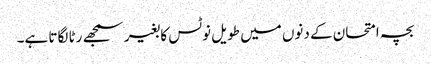
بچہ امتحان کے دنوں میں طویل نوٹس کا بغیر سمجھے رٹا لگاتا ہے۔